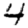
Digit: 4